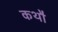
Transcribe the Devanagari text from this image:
कथौ